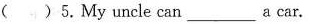
( )5.My uncle can___a car.